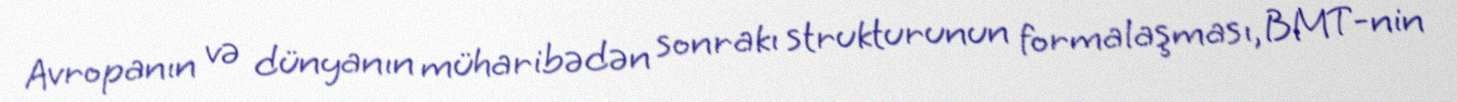
Avropanın və dünyanın müharibədən sonrakı strukturunun formalaşması, BMT-nin